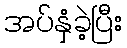
အပ်နှံခဲ့ပြီး